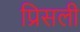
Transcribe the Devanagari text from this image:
प्रिसली